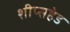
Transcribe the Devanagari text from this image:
शीप्सहेड